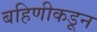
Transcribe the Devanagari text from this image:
बहिणीकडून